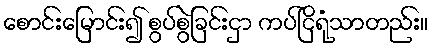
စောင်းမြောင်း၍ စွပ်စွဲခြင်းငှာ ကပ်ငြိရုံသာတည်း။